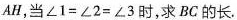
AH，当$$∠ 1 = ∠ 2 = ∠ 3$$时，求BC的长.